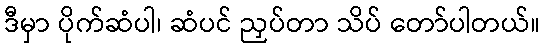
ဒီမှာ ပိုက်ဆံပါ၊ ဆံပင် ညှပ်တာ သိပ် တော်ပါတယ်။